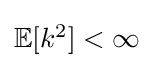
{\textstyle \mathbb {E} [k^{2}]<\infty }